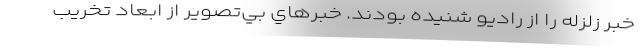
خبر زلزله را از راديو شنيده بودند. خبرهاي بي‌تصوير از ابعاد تخريب